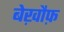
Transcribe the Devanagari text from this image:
बेख़ौफ़